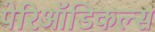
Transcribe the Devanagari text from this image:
पेरिऑडिकल्स